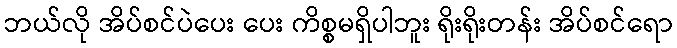
ဘယ်လို အိပ်စင်ပဲပေး ပေး ကိစ္စမရှိပါဘူး ရိုးရိုးတန်း အိပ်စင်ရော